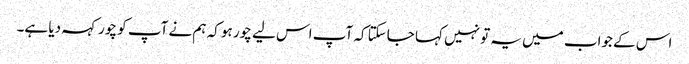
اس کے جواب میں یہ تو نہیں کہا جاسکتا کہ آپ اس لیے چور ہو کہ ہم نے آپ کو چور کہہ دیا ہے۔